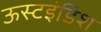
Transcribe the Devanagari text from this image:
ऊस्टइंडिश